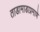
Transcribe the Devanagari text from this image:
ताडामाडाप्रमाणे